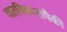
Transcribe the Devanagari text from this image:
वातविकारांपैकी